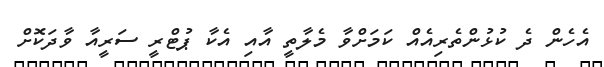
އެހެން ދެ ކުޅުންތެރިއެއް ކަމަށްވާ މެލާތީ އާއި އެކާ ޕުޓްރީ ސަރީއާ ވާދަކޮށް